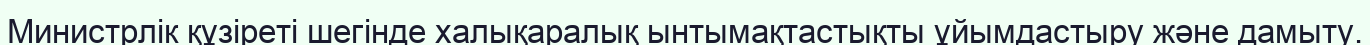
Министрлік құзіреті шегінде халықаралық ынтымақтастықты ұйымдастыру және дамыту.